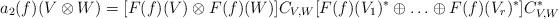
LaTeX: \begin{align*} a_2(f)(V \otimes W) = [F(f)(V) \otimes F(f)(W)]C_{V,W}[F(f)(V_1)^* \oplus\ldots \oplus F(f)(V_r)^*]C_{V,W}^*\end{align*}